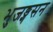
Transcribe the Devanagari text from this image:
भुजङ्गसन